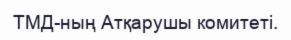
ТМД-ның Атқарушы комитеті.